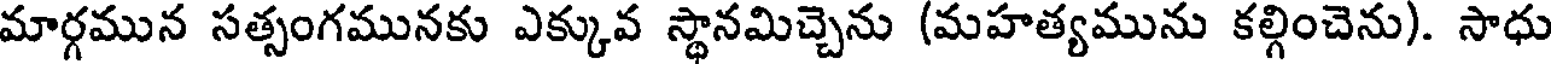
మార్గమున సత్సంగమునకు ఎక్కువ స్థానమిచ్చెను (మహత్యమును కల్గించెను). సాధు